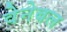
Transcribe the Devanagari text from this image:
वेनेबल